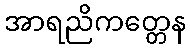
အာရညိကတ္တေန